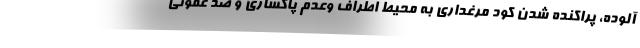
آلوده، پراکنده شدن کود مرغداری به محیط اطراف وعدم پاکسازی و ضد عفونی